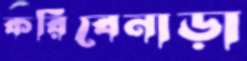
করিবেনাড়া